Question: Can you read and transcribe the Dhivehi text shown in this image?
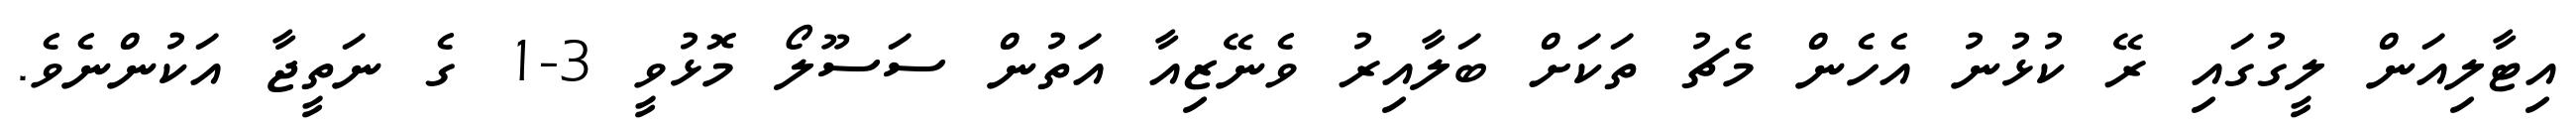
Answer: އިޓާލިއަން ލީގުގައި ރޭ ކުޅުނު އެހެން މެޗު ތަކަށް ބަލާއިރު ވެނޭޒިއާ އަތުން ސަސޫލޯ މޮޅުވީ 3-1 ގެ ނަތީޖާ އަކުންނެވެ.